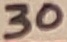
Text: 30